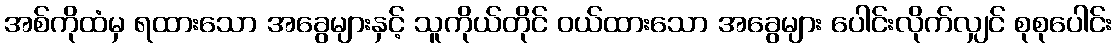
အစ်ကိုထံမှ ရထားသော အခွေများနှင့် သူကိုယ်တိုင် ဝယ်ထားသော အခွေများ ပေါင်းလိုက်လျှင် စုစုပေါင်း